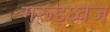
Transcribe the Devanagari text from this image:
गरूड़ध्वज